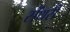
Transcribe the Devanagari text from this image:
सैंथरी